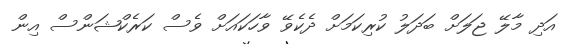
އަދި މާލޭ ޖަލަށް ބަދަލު ކުރިކަމަށް ދެކެވޭ ވާހަކައަށް ވެސް ކަރެކްޝަންސް އިން